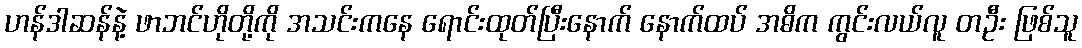
ဟန်ဒါဆန်နဲ့ ဖာဘင်ဟိုတို့ကို အသင်းကနေ ရောင်းထုတ်ပြီးနောက် နောက်ထပ် အဓိက ကွင်းလယ်လူ တဦး ဖြစ်သူ